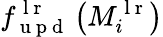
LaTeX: f_{\mathrm{~u~p~d~}}^{\mathrm{~l~r~}}\left(M_{i}^{\mathrm{~l~r~}}\right)